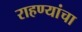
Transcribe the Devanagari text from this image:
राहण्यांचा